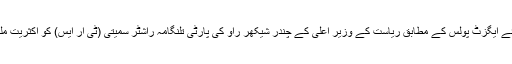
ووٹنگ کے بعد آئے ایگزٹ پولس کے مطابق ریاست کے وزیر اعلی کے چندر شیکھر راو کی پارٹی تلنگامہ راشٹر سمیتی (ٹی آر ایس) کو اکثریت ملتی نظر آرہی ہے۔